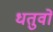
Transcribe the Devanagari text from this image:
धतुवों